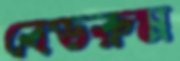
বেডরুম